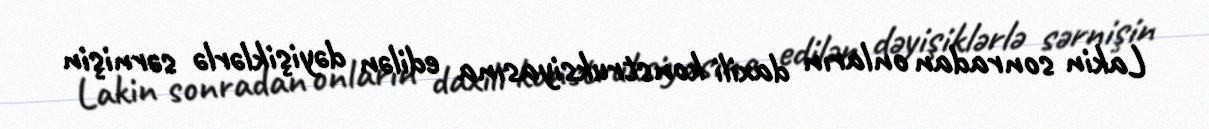
Lakin sonradan onların daxili konstruksiyasına edilən dəyişiklərlə sərnişin